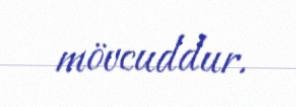
mövcuddur.